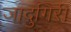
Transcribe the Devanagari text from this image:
जादुगिरी